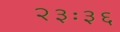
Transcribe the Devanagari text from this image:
२३ः३६